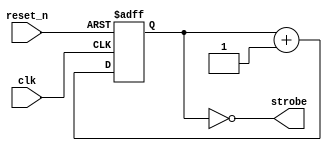
module timer_23
(
    input  clk,
    input  reset_n,
    output strobe
);

    reg [22:0] counter;

    always @(posedge clk or negedge reset_n)
    begin
        if (! reset_n)
            counter <= 0;
        else
            counter <= counter + 1;
    end

    assign strobe = (counter == 0);

endmodule

module top_2
(
    input         clk,
    input         reset_n,

    input         btn_up,
    input         btn_down,
    input         btn_left,
    input         btn_right,
    input         btn_center,

    input  [15:0] sw, 

    output [15:0] led,

    output        seg_a,
    output        seg_b,
    output        seg_c,
    output        seg_d,
    output        seg_e,
    output        seg_f,
    output        seg_g,

    output [ 7:0] anodes
);

    wire clk_enable;

    timer_23 i_timer
    (
        .clk     ( clk        ),
        .reset_n ( reset_n    ),
        .strobe  ( clk_enable )
    );

    assign led [0] = clk_enable;

    reg [5:0] new_abcdef, old_abcdef;

    integer i;

    always @*
    begin
        /*
        new_abcdef [1] = old_abcdef [0];
        new_abcdef [2] = old_abcdef [1];
        new_abcdef [3] = old_abcdef [2];
        new_abcdef [4] = old_abcdef [3];
        new_abcdef [5] = old_abcdef [4];
        new_abcdef [0] = old_abcdef [5];
        */

        for (i = 0; i < 5; i = i + 1)
            new_abcdef [i + 1] = old_abcdef [i];
        
        new_abcdef [0] = old_abcdef [5];
    end

    always @ (posedge clk or negedge reset_n)
        if (! reset_n)
            old_abcdef <= 6'b111110;
        else if (clk_enable)
            old_abcdef <= new_abcdef;

    assign { seg_a, seg_b, seg_c, seg_d, seg_e, seg_f } = old_abcdef;
    assign seg_g = 1;

    assign anodes = ~ sw [15:8];

endmodule